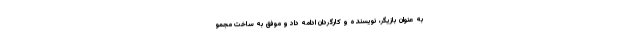
به عنوان بازیگر، نویسنده و کارگردان ادامه داد و موفق به ساخت مجمو